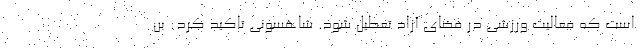
است که فعالیت ورزشی در فضای آزاد تعطیل شود. شاهسونی تاکید کرد: بن